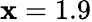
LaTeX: \mathbf{x}=1.9